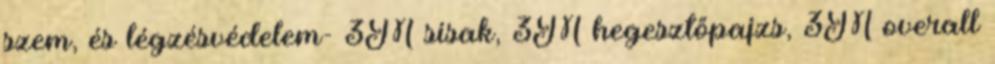
szem, és légzésvédelem- 3M sisak, 3M hegesztőpajzs, 3M overall